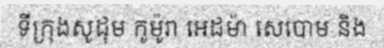
ទីក្រុងសូដុម កូម៉ូរា អេដម៉ា សេបោម និង